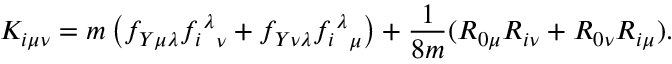
K _ { i \mu \nu } = m \left( f _ { Y \mu \lambda } { { f _ { i } } ^ { \lambda } } _ { \nu } + f _ { Y \nu \lambda } { { f _ { i } } ^ { \lambda } } _ { \mu } \right) + \frac { 1 } { 8 m } ( R _ { 0 \mu } R _ { i \nu } + R _ { 0 \nu } R _ { i \mu } ) .